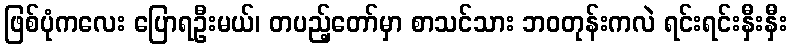
ဖြစ်ပုံကလေး ပြောရဦးမယ်၊ တပည့်တော်မှာ စာသင်သား ဘဝတုန်းကလဲ ရင်းရင်းနှီးနှီး